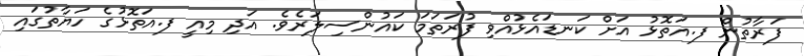
ފަރާތުން ފ.އަތޮޅު އަށް ކަނޑައެޅުއްވި ފުރަތަމަ ކައުންސިލަރެވެ. އަދި މިއީ ފ.އަތޮޅުގެ ހަޔާތުގައި